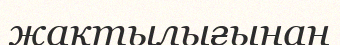
жақтылығынан